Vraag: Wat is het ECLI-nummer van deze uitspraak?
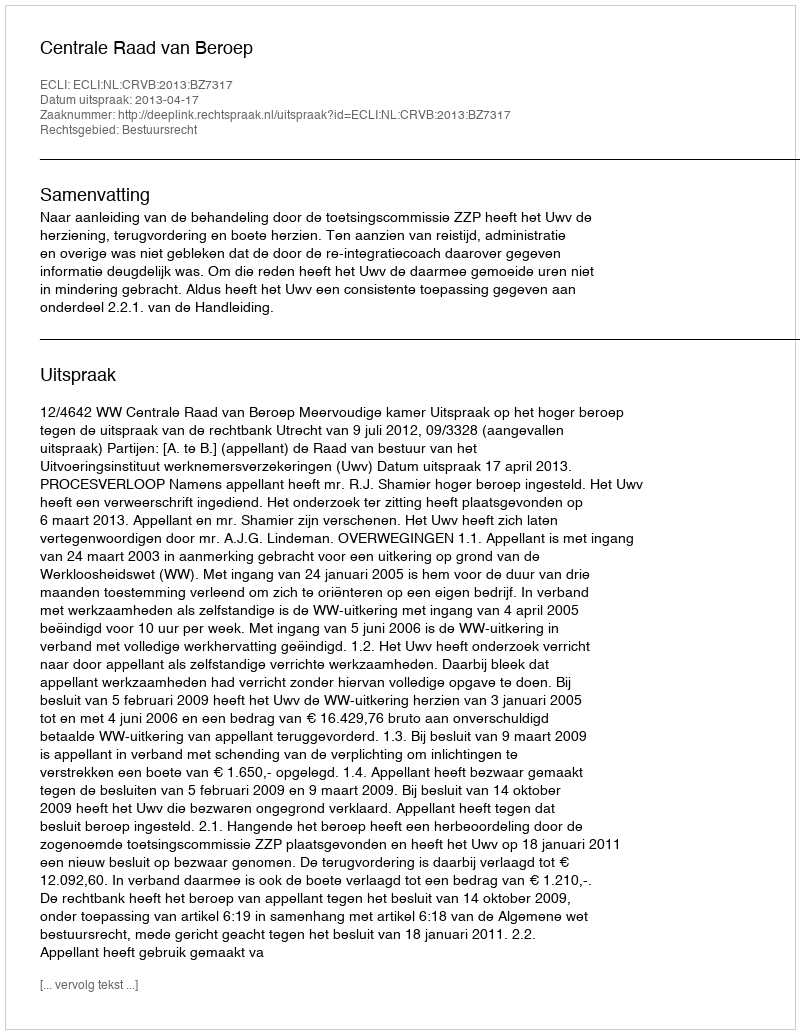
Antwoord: ECLI:NL:CRVB:2013:BZ7317